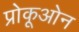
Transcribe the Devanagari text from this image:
प्रोकूओन